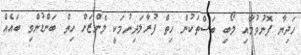
ހަދިޔާ ފޮނުވުމާއި ލޯބި ބަސްތަކުން ހިތް ފުރާލަދިނުމަކީ ލެންޒަށް ހިތް ބަންޑުންވި ބައެއް